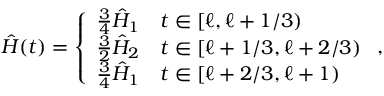
\hat { H } ( t ) = \left\{ \begin{array} { l l } { \frac { 3 } { 4 } \hat { H } _ { 1 } } & { t \in [ \ell , \ell + 1 / 3 ) } \\ { \frac { 3 } { 2 } \hat { H } _ { 2 } } & { t \in [ \ell + 1 / 3 , \ell + 2 / 3 ) } \\ { \frac { 3 } { 4 } \hat { H } _ { 1 } } & { t \in [ \ell + 2 / 3 , \ell + 1 ) } \end{array} \right. ,